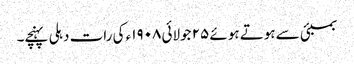
بمبئی سے ہوتے ہوئے ٢۵ جولائی ١٩٠٨ء کی رات دہلی پہنچے۔